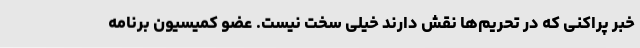
خبر پراکنی که در تحریم‌ها نقش دارند خیلی سخت نیست. عضو کمیسیون برنامه